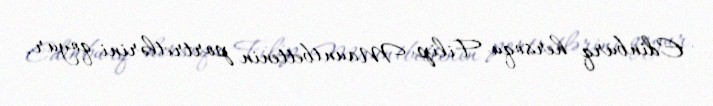
Edinburq hersoqu Filip Mauntbettenin portretlərini qoyur.